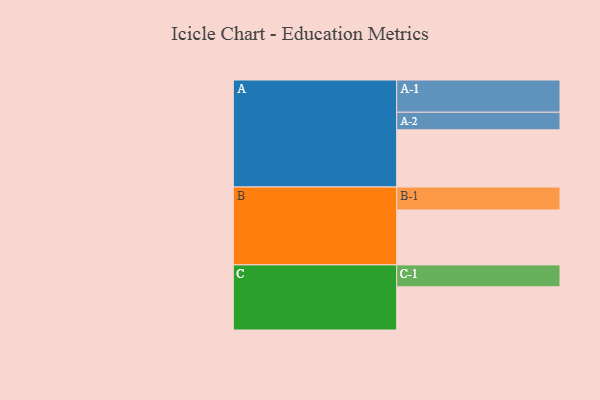
{"axis": {"x": "Segment", "y": "Value"}, "legend": ["", "A", "B", "C"], "data": [{"x": "A", "y": 449, "type": ""}, {"x": "B", "y": 431, "type": ""}, {"x": "C", "y": 339, "type": ""}, {"x": "A-1", "y": 253, "type": "A"}, {"x": "A-2", "y": 138, "type": "A"}, {"x": "B-1", "y": 180, "type": "B"}, {"x": "C-1", "y": 172, "type": "C"}]}